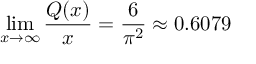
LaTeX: \operatorname* { l i m } _ { x \to \infty } { \frac { Q ( x ) } { x } } = { \frac { 6 } { \pi ^ { 2 } } } \approx 0 . 6 0 7 9